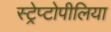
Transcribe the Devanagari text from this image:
स्ट्रेप्टोपीलिया